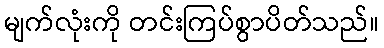
မျက်လုံးကို တင်းကြပ်စွာပိတ်သည်။